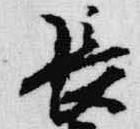
長